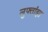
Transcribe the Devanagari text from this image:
लुफ्तांझा